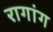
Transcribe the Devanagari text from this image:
रागांग